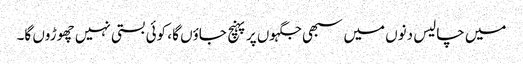
میں چالیس دنوں میں سبھی جگہوں پر پہنچ جاؤں گا ، کوئی بستی نہیں چھوڑوں گا۔